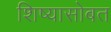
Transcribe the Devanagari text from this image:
शिष्यासोबत